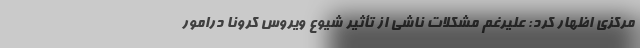
مرکزی اظهار کرد: علیرغم مشکلات ناشی از تأثیر شیوع ویروس کرونا درامور